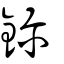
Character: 鉁